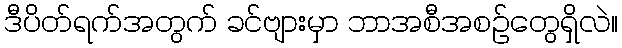
ဒီပိတ်ရက်အတွက် ခင်ဗျားမှာ ဘာအစီအစဉ်တွေရှိလဲ။